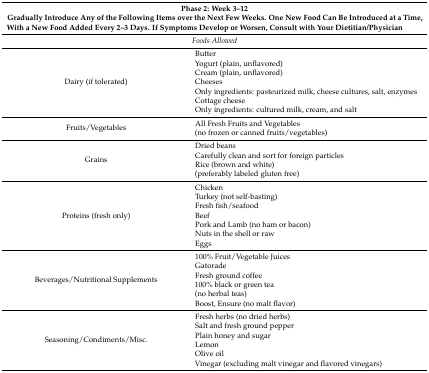
| <COLSPAN=2> Phase 2: Week 3–12 |
 | <COLSPAN=2> Gradually Introduce Any of the Following Items over the Next Few Weeks. One New Food Can Be Introduced at a Time, With a New Food Added Every 2–3 Days. If Symptoms Develop or Worsen, Consult with Your Dietitian/Physician |
 | --- | --- |
 | <COLSPAN=2> Foods Allowed |
 | Dairy (if tolerated) | ButterYogurt (plain, unflavored)Cream (plain, unflavored)CheesesOnly ingredients: pasteurized milk, cheese cultures, salt, enzymesCottage cheeseOnly ingredients: cultured milk, cream, and salt |
 | Fruits/Vegetables | All Fresh Fruits and Vegetables(no frozen or canned fruits/vegetables) |
 | Grains | Dried beansCarefully clean and sort for foreign particlesRice (brown and white)(preferably labeled gluten free) |
 | Proteins (fresh only) | ChickenTurkey (not self-basting)Fresh fish/seafoodBeefPork and Lamb (no ham or bacon)Nuts in the shell or rawEggs |
 | Beverages/Nutritional Supplements | 100% Fruit/Vegetable JuicesGatoradeFresh ground coffee100% black or green tea(no herbal teas)Boost, Ensure (no malt flavor) |
 | Seasoning/Condiments/Misc. | Fresh herbs (no dried herbs)Salt and fresh ground pepperPlain honey and sugarLemonOlive oilVinegar (excluding malt vinegar and flavored vinegars) |